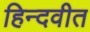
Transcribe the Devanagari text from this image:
हिन्दवीत